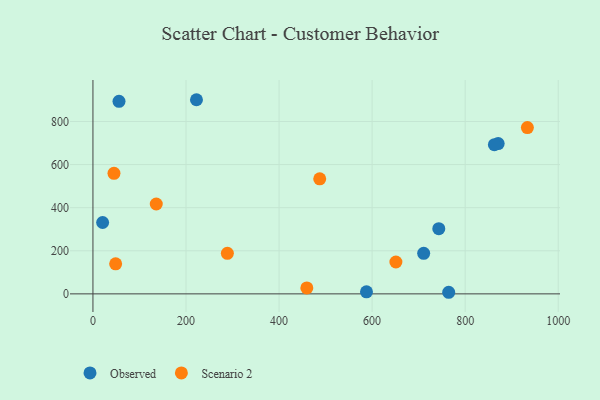
{"axis": {"x": "Experience", "y": "Salary"}, "legend": ["Observed", "Scenario 2"], "data": [{"x": "870.9", "y": 697.4, "type": "Observed"}, {"x": "222.5", "y": 900.9, "type": "Observed"}, {"x": "710.8", "y": 188.2, "type": "Observed"}, {"x": "20.8", "y": 331.2, "type": "Observed"}, {"x": "764.6", "y": 7.4, "type": "Observed"}, {"x": "862.8", "y": 692.5, "type": "Observed"}, {"x": "587.9", "y": 9.5, "type": "Observed"}, {"x": "743.3", "y": 302.4, "type": "Observed"}, {"x": "56.0", "y": 893.4, "type": "Observed"}, {"x": "48.8", "y": 139.5, "type": "Scenario 2"}, {"x": "933.7", "y": 771.7, "type": "Scenario 2"}, {"x": "651.1", "y": 147.8, "type": "Scenario 2"}, {"x": "288.9", "y": 188.1, "type": "Scenario 2"}, {"x": "136.1", "y": 417.0, "type": "Scenario 2"}, {"x": "487.4", "y": 533.9, "type": "Scenario 2"}, {"x": "45.2", "y": 559.3, "type": "Scenario 2"}, {"x": "459.7", "y": 27.8, "type": "Scenario 2"}]}